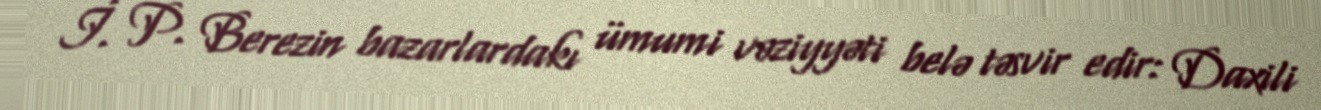
İ. P. Berezin bazarlardakı ümumi vəziyyəti belə təsvir edir: Daxili